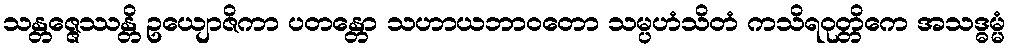
သန္တဇ္ဇေဿန္တိ ဥယျောဇိကာ ပတန္တော သဟာယဘာဝတော သမ္ပဟံသိတံ ကသိရဝုတ္တိကေ အသဒ္ဓမ္မံ